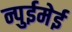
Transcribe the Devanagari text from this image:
न्पुईमेई